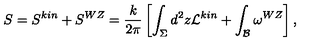
S = S ^ { k i n } + S ^ { W Z } = \frac { k } { 2 \pi } \left[ \int _ { \Sigma } d ^ { 2 } z { \cal L } ^ { k i n } + \int _ { \cal B } \omega ^ { W Z } \right] ,